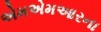
એમએમઆરના